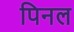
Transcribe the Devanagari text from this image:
पिनल